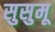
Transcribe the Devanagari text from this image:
सुसुमू